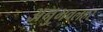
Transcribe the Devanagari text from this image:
अनुभवलहर